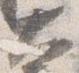
大